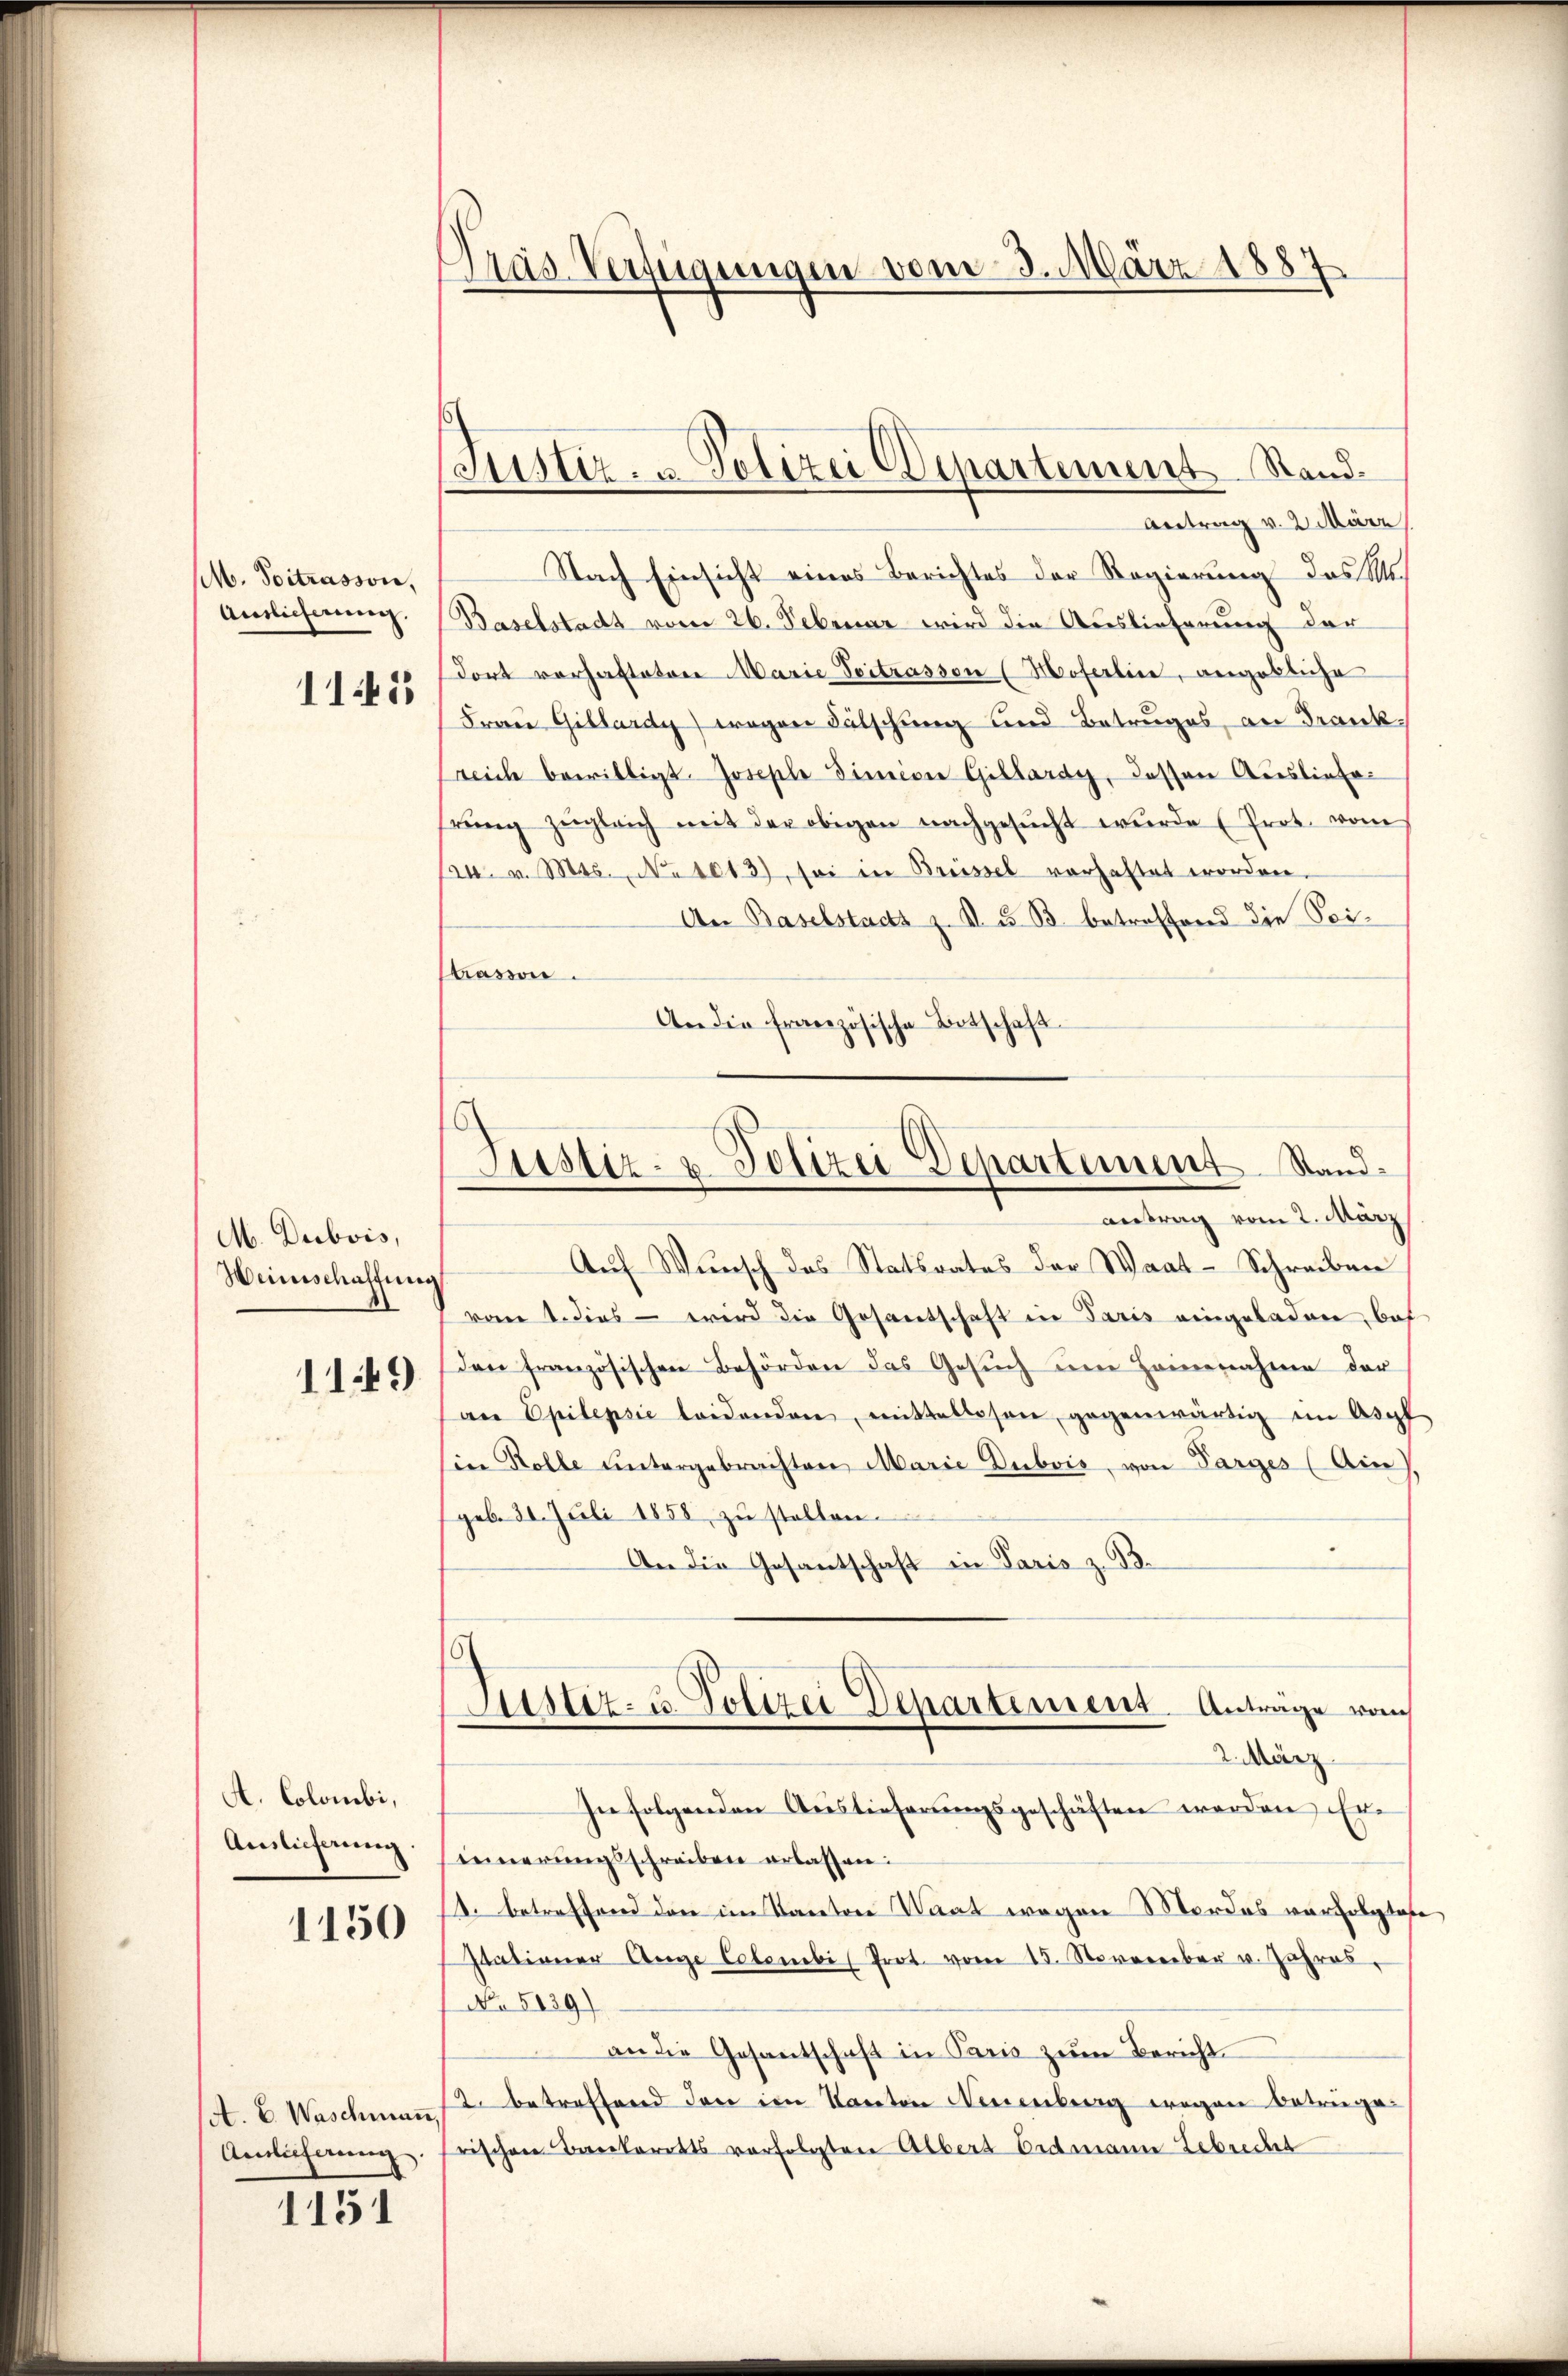
M. Voitrasson,
Auslicherung.
1145

M. Dubois,
Weinschaffung

1149

A. Colombi,
Auslieferung.

1150

A. E. Waschmaṅ
Anlieferung

1151

Pras Verfügungen vom 3. März 1887

Justiz- u. Polizei Departement Stand¬
Antrag v. 2. März

Justiz- u. Polizei Departement Standantrag vom 2. März

Nach Einsicht eines Berichtes der Regierung das M.
Baselstadt vom 26. Februar wird die Auslieferung der
dort vorhafteten Marie Seitrasson (Hoferlin, angebliche
Franz Gillardy) wegen Fälschung und Betruges, an Frankreiche bewilligt. Joseple dimine Gillardy, dessen Auslieferŭng zŭgleich mit der obigen nachgesŭcht wŭrde (Prot. vom
24. v. Mts., No 1013), sei in Breissel vorhaftet worden.
An Baselstads z. R. u. B. betreffend die Sei-
trassen.
An die französische Botschaft
Auf Wunsch des Statsrates der Waat-Schreiben
vom 1. dies – wird die Gesantschaft in Paris eingeladen, bes
den französischen Behörden das Gesŭch ŭm Hammennahme der
an Epilepsie leidenden, mittellosen gegenwärtig im Aspf
Ein Rolle untergebrachten Marie Dubois, von Parges (Ain),
geb. 30. Juli 1858 zu stellen.
An die Gesantschaft in Paris z. B.
Justiz- u. Polizei Departement. Antrage vom
2. März.
In folgenden Auslieferungsgeschäften werden Erieinerungsschreiben erlassen:
1. betreffend den im Kanton Saat wegen Mordes verfolgtes
stationer Auge Colombi (Prot. vom 15. November u. Jahres,
No 5129)
an die Gesantschaft in Paris zum Bericht
2. betreffend den im Kanton Neuenburg wegen Betrüge.
rischen Bankerotts verfolgten Albert Erdmann Gebrecht